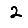
Digit: 2